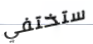
ستختفي